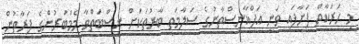
މި ހަރަކާތް ފަށާފައި ވަނީ އަފްޣާނިސްތާނުގެ ސަލާމަތީ ބާރުތަކަށް ނިސްބަތްވާ މެމްބަރުންގެ ފަރާތުން